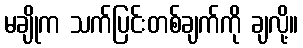
မချိုက သက်ပြင်းတစ်ချက်ကို ချလို့။